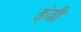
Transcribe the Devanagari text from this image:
इंजी